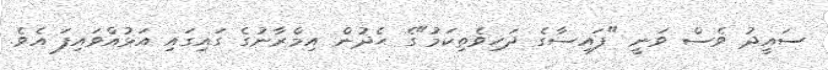
ސައީދު ވެސް ވަނީ "ފައިސާގެ ދަހިވެތިކަމު"ގެ ހެދުން އިމްރާނުގެ ގައިގައި އަޅުއްވައިފަ އެވެ.